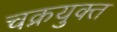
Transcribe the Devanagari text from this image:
चक्रयुक्त